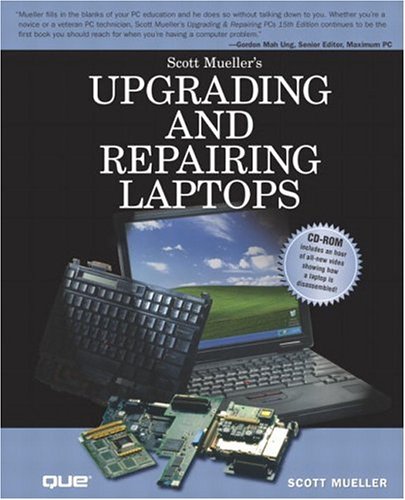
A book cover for Upgrading and Repairing Laptops; Scott Mueller; Computers & Technology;